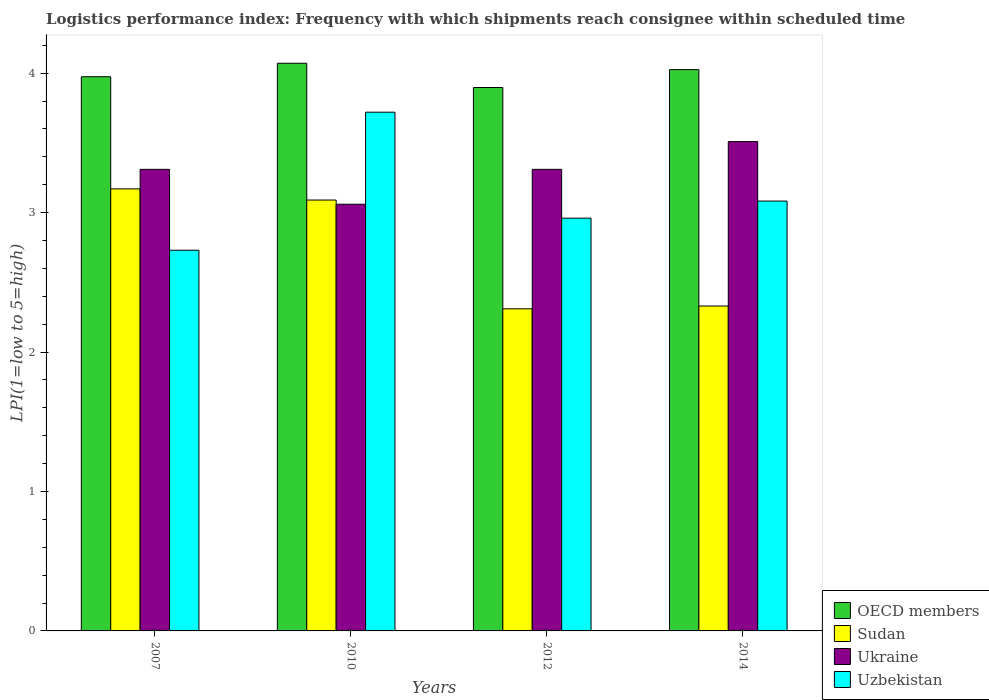
| Years | OECD members | Sudan | Ukraine | Uzbekistan |
 | --- | --- | --- | --- | --- |
 | 2007 | 3.97 | 3.17 | 3.31 | 2.73 |
 | 2010 | 4.07 | 3.09 | 3.06 | 3.72 |
 | 2012 | 3.9 | 2.31 | 3.31 | 2.96 |
 | 2014 | 4.03 | 2.33 | 3.51 | 3.08 |